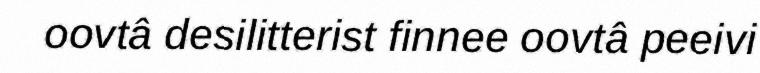
oovtâ desilitterist finnee oovtâ peeivi